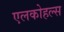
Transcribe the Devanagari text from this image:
एलकोहल्स